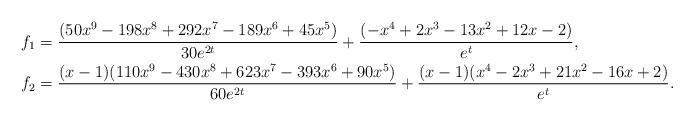
LaTeX: \begin{align*} f_1 &=\frac{(50x^9-198x^8+292x^7-189x^6+45x^5)}{30e^{2t}}+\frac{ (-x^4+2x^3-13x^2+12x-2)}{e^{t}}, \\ f_2&=\frac{(x - 1)(110x^9 - 430x^8 + 623x^7 - 393x^6+90x^5)}{60e^{2t}} + \frac{(x-1)(x^4 - 2x^3 + 21x^2 - 16x + 2)}{e^{t}}.\end{align*}